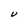
Character: U